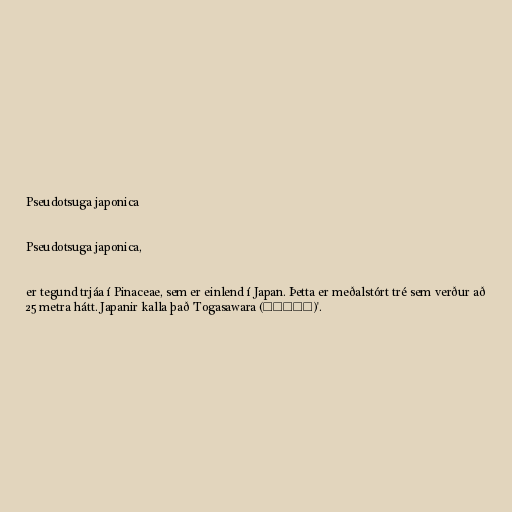
Pseudotsuga japonica

Pseudotsuga japonica,

er tegund trjáa í Pinaceae, sem er einlend í Japan. Þetta er meðalstórt tré sem verður að
25 metra hátt. Japanir kalla það 'Togasawara (トガサワラ)'.